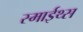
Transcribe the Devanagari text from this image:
स्माईथ्स